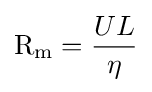
\mathrm {R} _{\mathrm {m} }={\frac {UL}{\eta }}